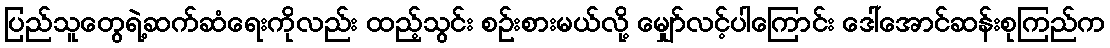
ပြည်သူတွေရဲ့ဆက်ဆံရေးကိုလည်း ထည့်သွင်း စဉ်းစားမယ်လို့ မျှော်လင့်ပါကြောင်း ဒေါ်အောင်ဆန်းစုကြည်က